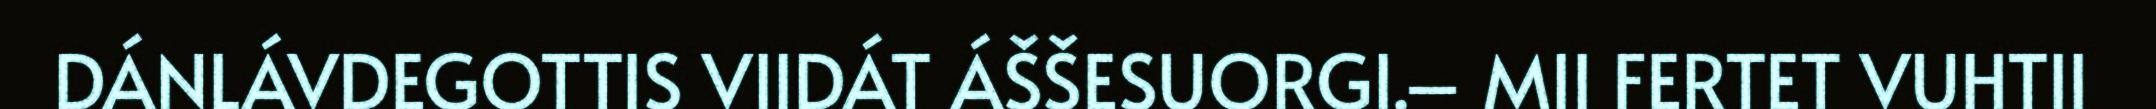
DÁNLÁVDEGOTTIS VIIDÁT ÁŠŠESUORGI.– MII FERTET VUHTII